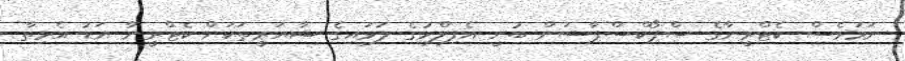
ނަމަވެސް ކެޓްރީނާގެ ސްޕޯކްސްޕާސަން ބުނީ އެފިލްމުގެ ލަވައިގެ ޝާޔަރީތަކަށް ކެޓްރީނާ އަޑު އެޅިތާ